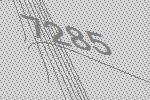
7285